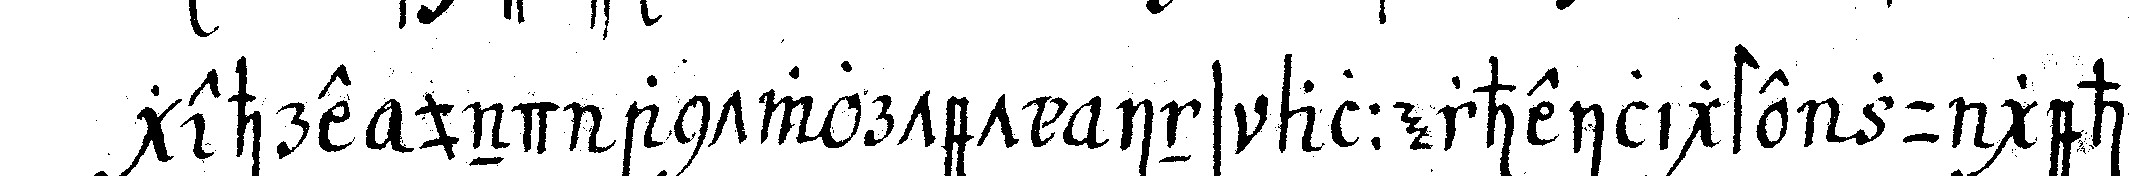
gehre und antwortet ins allerheiligste zu geheN